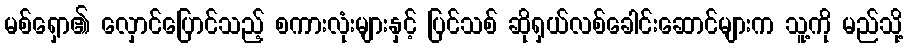
မစ်ရှော၏ လှောင်ပြောင်သည့် စကားလုံးများနှင့် ပြင်သစ် ဆိုရှယ်လစ်ခေါင်းဆောင်များက သူ့ကို မည်သို့